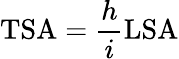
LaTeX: \mathrm{TSA}={\frac{h}{i}}\mathrm{LSA}